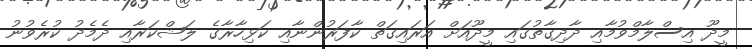
މީދޫ އިސްލާމްވުމާއި ދާދިގާތުގައި މީދޫއަށް އަރައިގަތް ކާފަރުންނާއި ކަޅިހާރާގެ ލަޝްކަރާއި ދެމެދު ކުރެވުނު